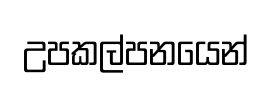
උපකල්පනයෙන්